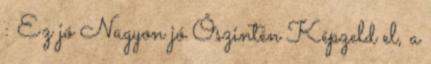
: Ez jó Nagyon jó Őszintén Képzeld el, a